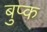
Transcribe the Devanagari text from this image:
बुप्क